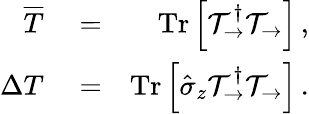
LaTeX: \begin{array}{rlr}{\overline{{T}}}&{{}=}&{\mathrm{Tr}\left[\mathcal{T}_{\rightarrow}^{\dagger}\mathcal{T}_{\rightarrow}\right]\, ,}\\ {\Delta{T}}&{{}=}&{\mathrm{Tr}\left[\hat{\sigma}_{z}\mathcal{T}_{\rightarrow}^{\dagger}\mathcal{T}_{\rightarrow}\right]\, .}\end{array}